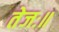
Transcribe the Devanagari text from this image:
तेजः॥